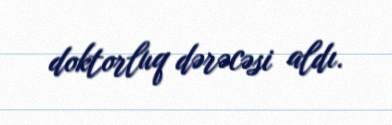
doktorluq dərəcəsi aldı.